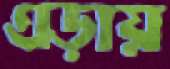
এড়ায়